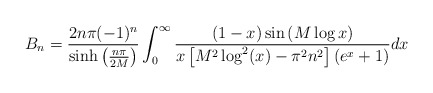
\begin{align*}\begin{aligned}B_n &=\frac{2n\pi (-1)^n}{\sinh\left(\frac{n\pi}{2M}\right)}\int_{0}^{\infty} \frac{(1-x)\sin\left(M\log x\right) }{x\left[M^2\log^2(x)-\pi^2n^2\right]\left(e^{x}+1\right)} dx \\\end{aligned}\end{align*}